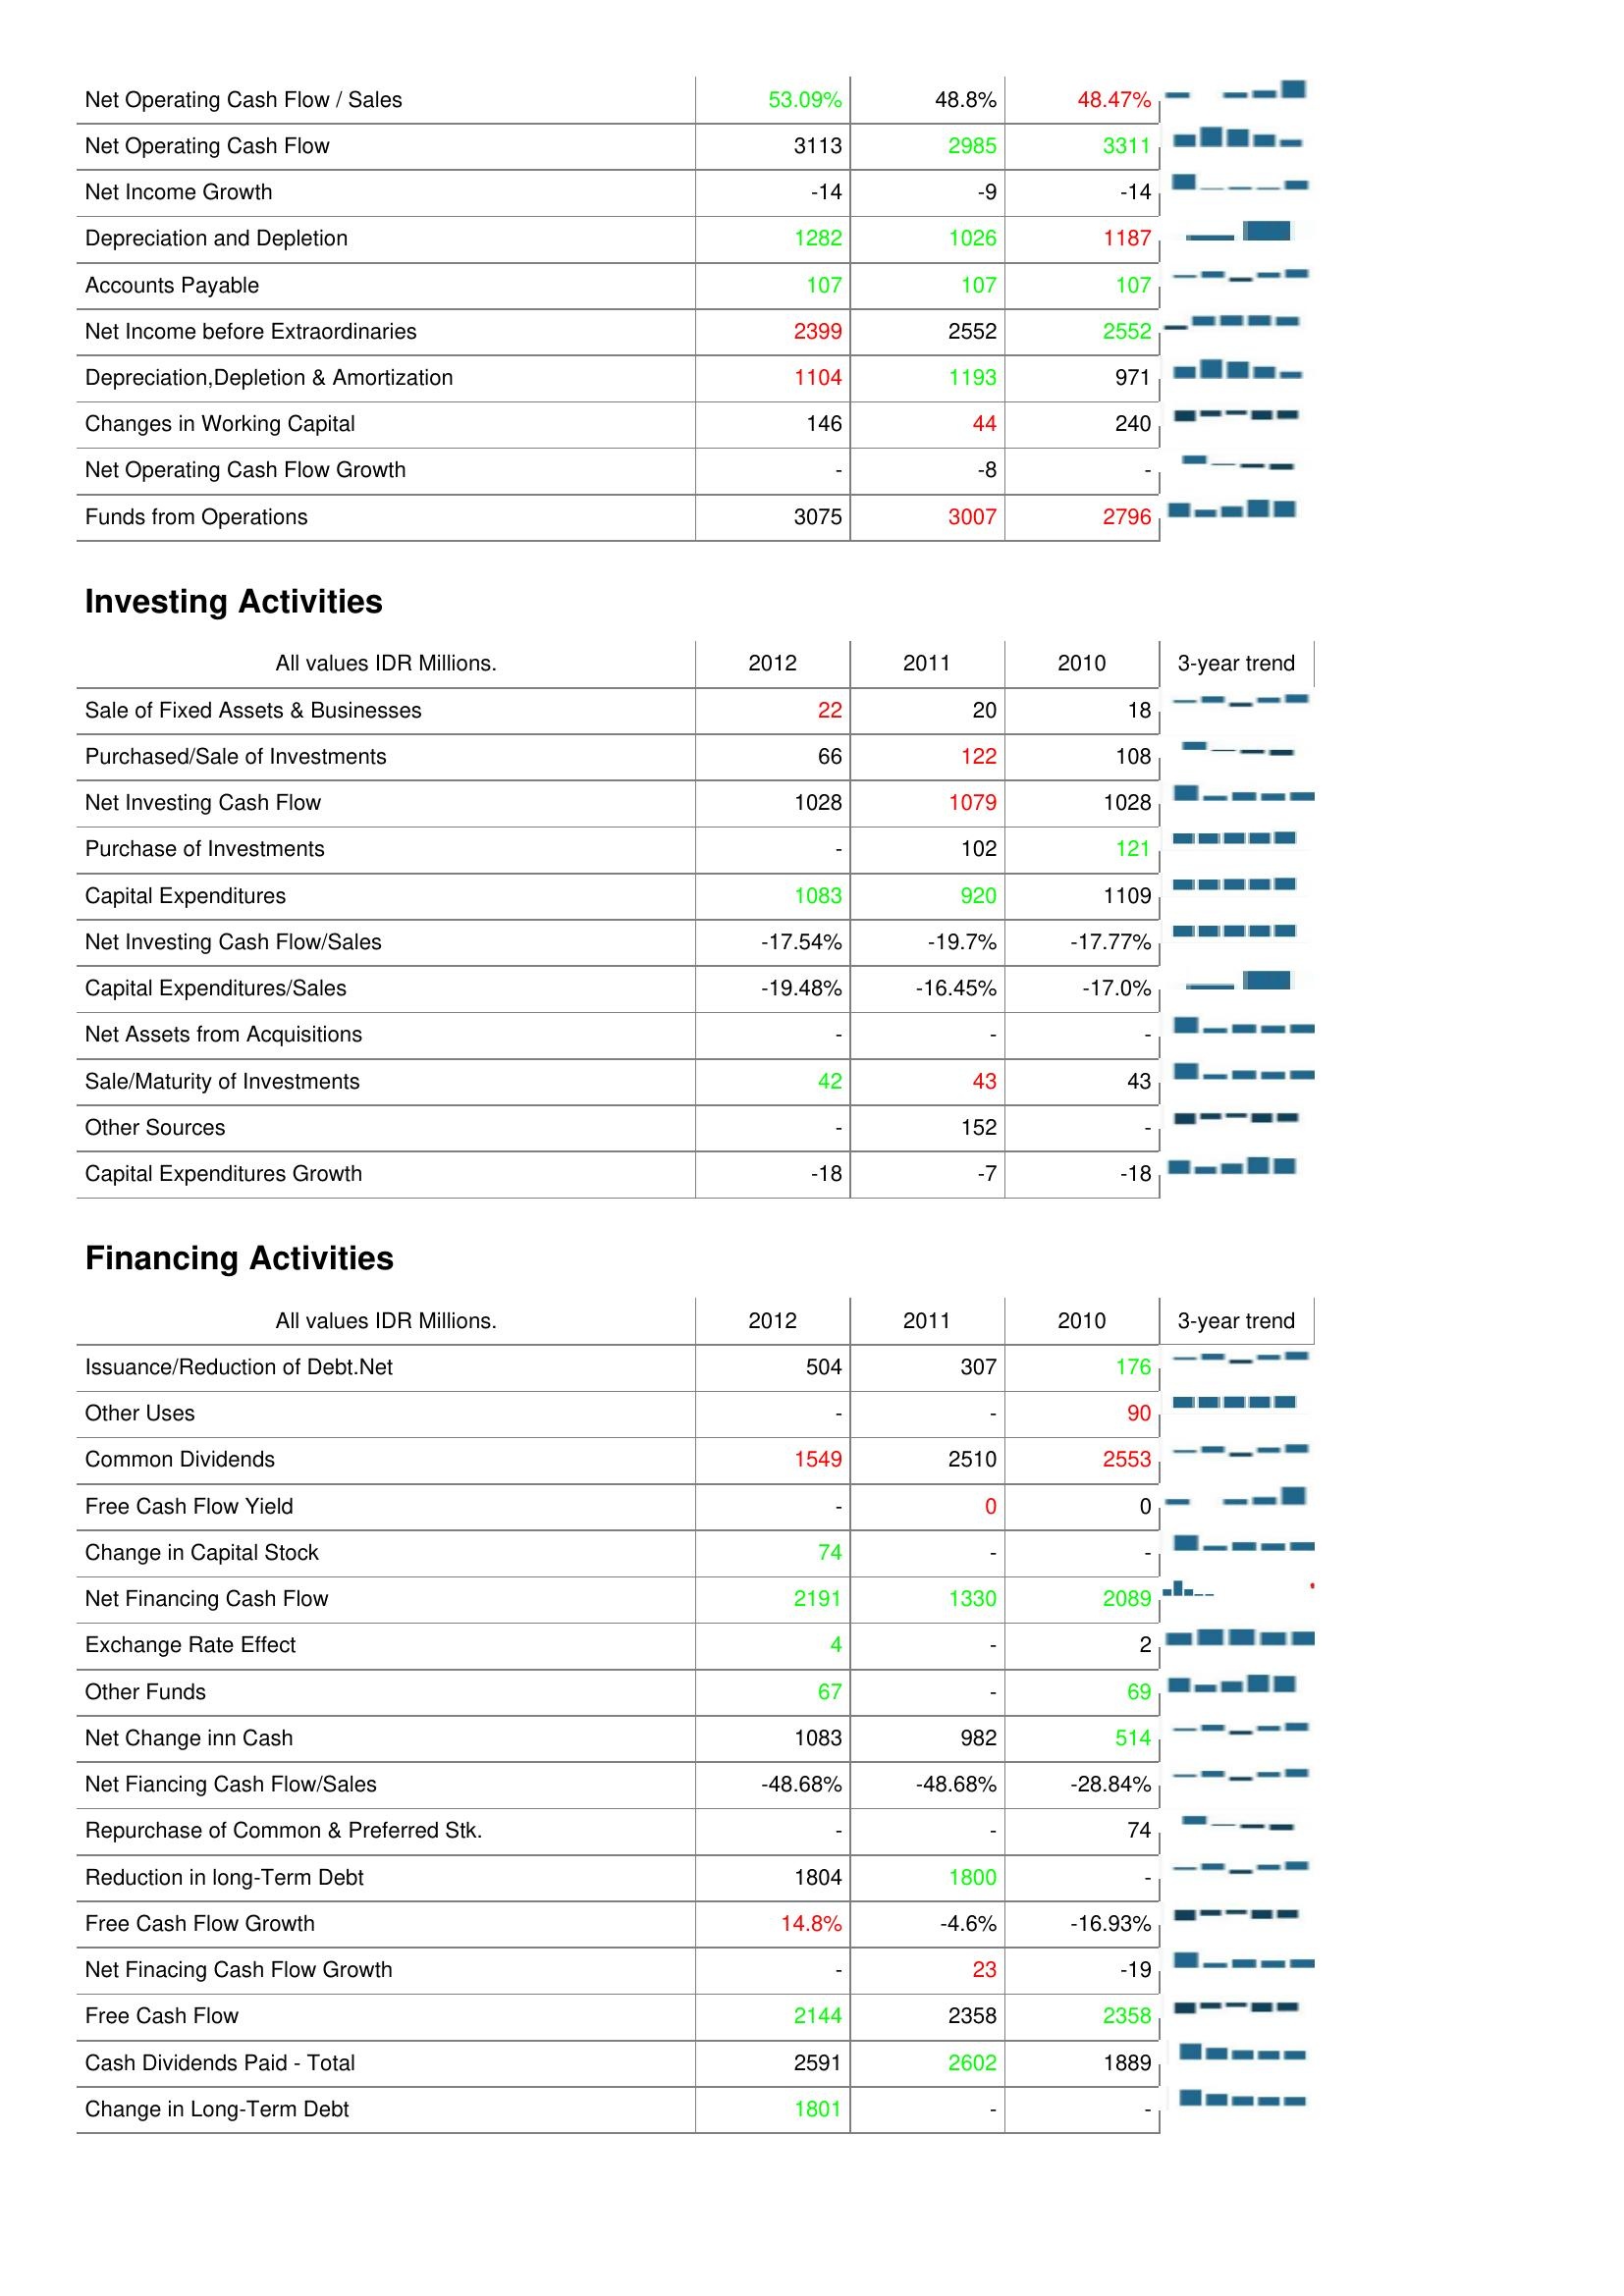
2012: Operating Activities: Net Operating Cash Flow / Sales: 53.09%
Net Operating Cash Flow: 3113
Net Income Growth: -14
Depreciation and Depletion: 1282
Accounts Payable: 107
Net Income before Extraordinaries: 2399
Depreciation,Depletion & Amortization: 1104
Changes in Working Capital: 146
Net Operating Cash Flow Growth: -
Funds from Operations: 3075
Investing Activities: Sale of Fixed Assets & Businesses: 22
Purchased/Sale of Investments: 66
Net Investing Cash Flow: 1028
Purchase of Investments: -
Capital Expenditures: 1083
Net Investing Cash Flow/Sales: -17.54%
Capital Expenditures/Sales: -19.48%
Net Assets from Acquisitions: -
Sale/Maturity of Investments: 42
Other Sources: -
Capital Expenditures Growth: -18
Financing Activities: Issuance/Reduction of Debt.Net: 504
Other Uses: -
Common Dividends: 1549
Free Cash Flow Yield: -
Change in Capital Stock: 74
Net Financing Cash Flow: 2191
Exchange Rate Effect: 4
Other Funds: 67
Net Change inn Cash: 1083
Net Fiancing Cash Flow/Sales: -48.68%
Repurchase of Common & Preferred Stk.: -
Reduction in long-Term Debt: 1804
Free Cash Flow Growth: 14.8%
Net Finacing Cash Flow Growth: -
Free Cash Flow: 2144
Cash Dividends Paid - Total: 2591
Change in Long-Term Debt: 1801
2011: Operating Activities: Net Operating Cash Flow / Sales: 48.8%
Net Operating Cash Flow: 2985
Net Income Growth: -9
Depreciation and Depletion: 1026
Accounts Payable: 107
Net Income before Extraordinaries: 2552
Depreciation,Depletion & Amortization: 1193
Changes in Working Capital: 44
Net Operating Cash Flow Growth: -8
Funds from Operations: 3007
Investing Activities: Sale of Fixed Assets & Businesses: 20
Purchased/Sale of Investments: 122
Net Investing Cash Flow: 1079
Purchase of Investments: 102
Capital Expenditures: 920
Net Investing Cash Flow/Sales: -19.7%
Capital Expenditures/Sales: -16.45%
Net Assets from Acquisitions: -
Sale/Maturity of Investments: 43
Other Sources: 152
Capital Expenditures Growth: -7
Financing Activities: Issuance/Reduction of Debt.Net: 307
Other Uses: -
Common Dividends: 2510
Free Cash Flow Yield: 0
Change in Capital Stock: -
Net Financing Cash Flow: 1330
Exchange Rate Effect: -
Other Funds: -
Net Change inn Cash: 982
Net Fiancing Cash Flow/Sales: -48.68%
Repurchase of Common & Preferred Stk.: -
Reduction in long-Term Debt: 1800
Free Cash Flow Growth: -4.6%
Net Finacing Cash Flow Growth: 23
Free Cash Flow: 2358
Cash Dividends Paid - Total: 2602
Change in Long-Term Debt: -
2010: Operating Activities: Net Operating Cash Flow / Sales: 48.47%
Net Operating Cash Flow: 3311
Net Income Growth: -14
Depreciation and Depletion: 1187
Accounts Payable: 107
Net Income before Extraordinaries: 2552
Depreciation,Depletion & Amortization: 971
Changes in Working Capital: 240
Net Operating Cash Flow Growth: -
Funds from Operations: 2796
Investing Activities: Sale of Fixed Assets & Businesses: 18
Purchased/Sale of Investments: 108
Net Investing Cash Flow: 1028
Purchase of Investments: 121
Capital Expenditures: 1109
Net Investing Cash Flow/Sales: -17.77%
Capital Expenditures/Sales: -17.0%
Net Assets from Acquisitions: -
Sale/Maturity of Investments: 43
Other Sources: -
Capital Expenditures Growth: -18
Financing Activities: Issuance/Reduction of Debt.Net: 176
Other Uses: 90
Common Dividends: 2553
Free Cash Flow Yield: 0
Change in Capital Stock: -
Net Financing Cash Flow: 2089
Exchange Rate Effect: 2
Other Funds: 69
Net Change inn Cash: 514
Net Fiancing Cash Flow/Sales: -28.84%
Repurchase of Common & Preferred Stk.: 74
Reduction in long-Term Debt: -
Free Cash Flow Growth: -16.93%
Net Finacing Cash Flow Growth: -19
Free Cash Flow: 2358
Cash Dividends Paid - Total: 1889
Change in Long-Term Debt: -